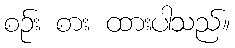
စဉ်း စား ထားပါသည်။